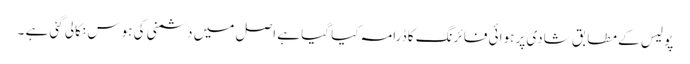
پو لیس کے مطابق شادی پر ہوائی فا ئرنگ کا ڈرامہ کیا گیا ہے اصل میں دشمنی کی ہوس نکالی گئی ہے ۔